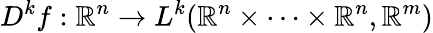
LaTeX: D^{k}f:\mathbb{R}^{n}\to L^{k}(\mathbb{R}^{n}\times\cdots\times\mathbb{R}^{n},\mathbb{R}^{m})